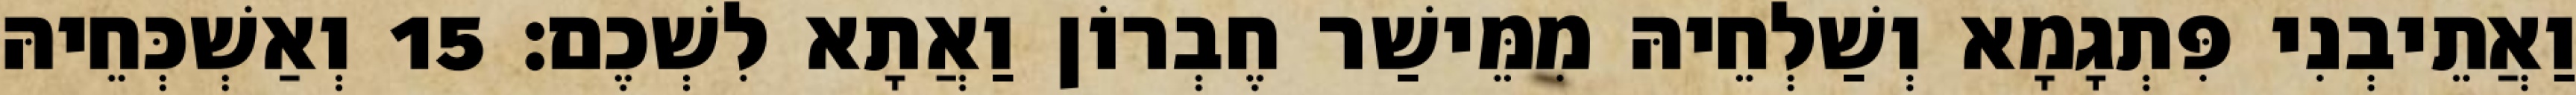
וַאֲתֵיבְנִי פִּתְגָמָא וְשַׁלְחֵיהּ מִמֵּישַׁר חֶבְרוֹן וַאֲתָא לִשְׁכֶם׃ 15 וְאַשְׁכְּחֵיהּ